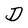
Character: D